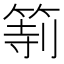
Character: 𥮻